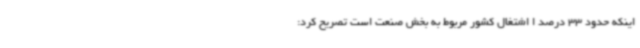
اینکه حدود 33 درصد ا اشتغال کشور مربوط به بخش صنعت است تصریح کرد: